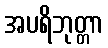
အပရိဘုတ္တာ